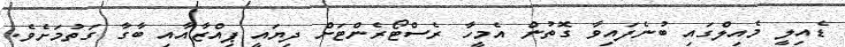
ޑެއިލީ މެއިލްގައި ބުނެފައިވާ ގޮތުން އެމީހާ ރެސްޓޯރެންޓަށް ދިޔައީ ޕިއްޒާއާއި ބާގާ ގަތުމަށެވެ.